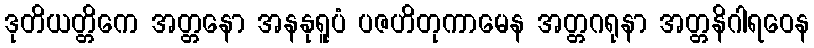
ဒုတိယတ္တိကေ အတ္တနော အနနုရူပံ ပဇဟိတုကာမေန အတ္တဂရုနာ အတ္တနိဂါရဝေန